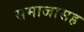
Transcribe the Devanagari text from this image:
समाजासह